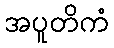
အပူတိကံ